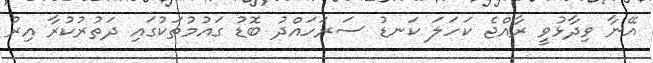
އޭނާ ވިދާޅުވީ ރާއްޖެ ކަހަލަ ކަނޑު ސަރަހައްދު ބޮޑު ގައުމުތަކުގައި ދަތުރުކުރާ އިރު